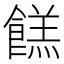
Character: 餻